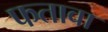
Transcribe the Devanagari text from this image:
फतावा